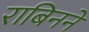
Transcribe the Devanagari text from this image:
राबिनने